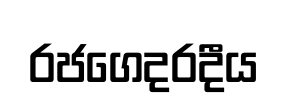
රජගෙදරදීය